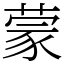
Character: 蒙